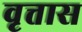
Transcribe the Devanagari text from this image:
वृत्तास